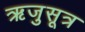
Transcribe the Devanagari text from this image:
ऋजुसूत्र